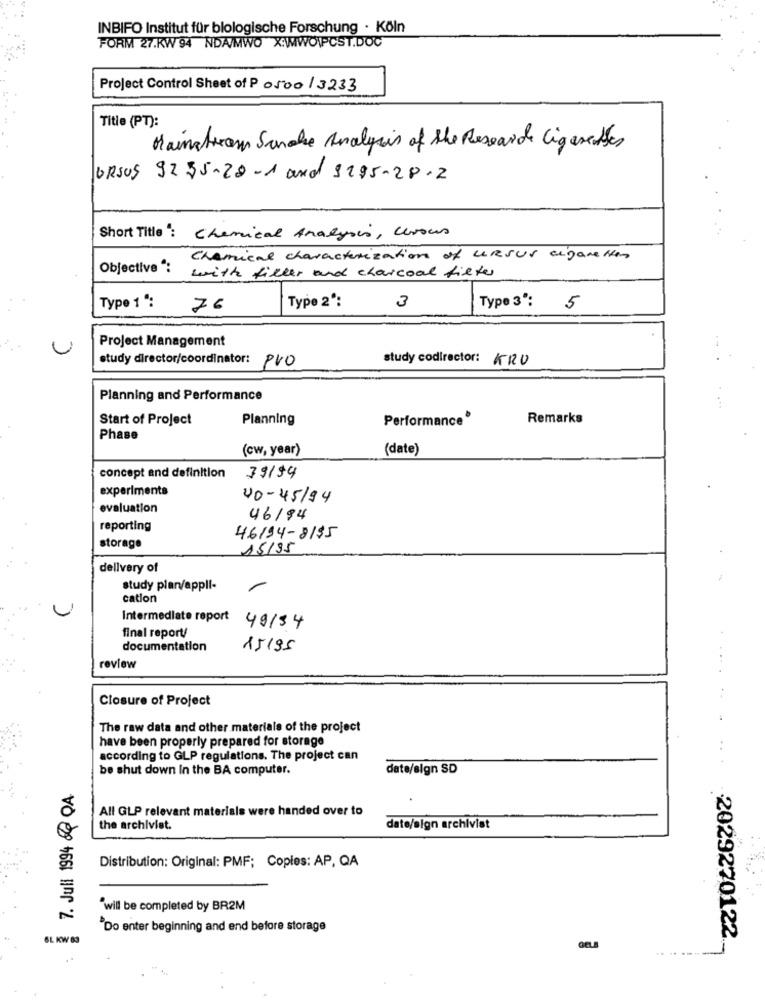
INBIFO Institut für biologische Forschung · Köln
FORM 27.KW 94 NDA/MWO XIMWOPCST.DOC
Project Control Sheet of P 0500 13233
Title (PT):
Mainstream Sandke Analysis of the Research Cigarettes
URSUS 9235-20-1 and 9295-28-2
Short Title: Chemical Analysis, Cevous
Chemical characterization of unsur agaretten
Objective “:
with filler and charcoal filter
Type 2ª:
Type 1 ":
76
3
Type 3':
5
Project Management
study director/coordinator: PVO
study codirector: KRU
Planning and Performance
Start of Project
Planning
Performance*
Remarks
Phase
(cw, year)
(date)
concept and definition
39/94
experiments
40-45/94
evaluation
46/94
reporting
46194-8155
storage
15/95
delivery of
study plan/appli-
/
cation
Intermediate report
49134
final report/
documentation
15195
review
Closure of Project
The raw data and other materials of the project
have been properly prepared for storage
according to GLP regulations. The project can
be shut down In the BA computer.
date/sign SD
....
7. Juli 1994 & QA
All GLP relevant materials were handed over to
the archivist.
date/sign archivist
Distribution: Original: PMF; Copies: AP, QA
'will be completed by BR2M
"Do enter beginning and end before storage
6L KW 83
2029270122.